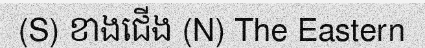
(S) ខាងជើង (N) The Eastern